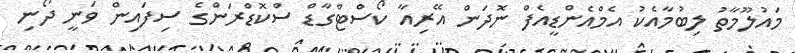
މައުލޫމާތު ލިބުމާއެކު އެމްއެންޑީއެފް ނޮދަން އޭރިއާ ކޯސްޓްގާޑް ސްކޮޑްރަންގެ ސިފައިން ވަނީ ދޯނި